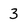
Character: 3